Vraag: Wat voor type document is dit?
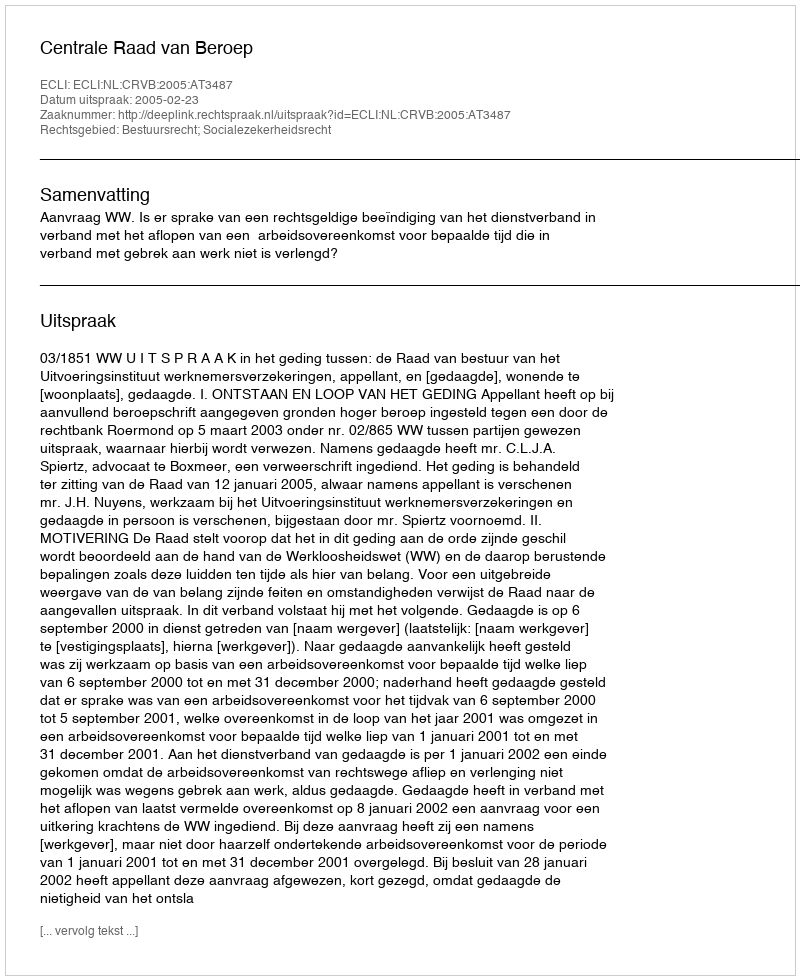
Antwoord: Uitspraak